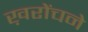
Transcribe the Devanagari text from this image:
ख़रोंचने